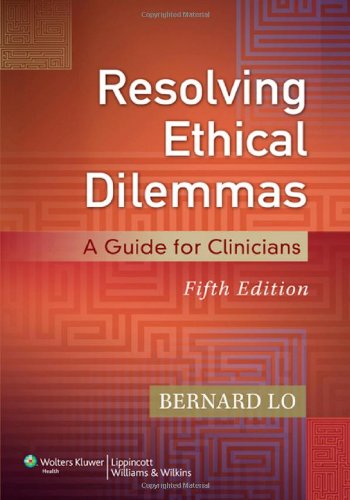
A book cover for Resolving Ethical Dilemmas: A Guide for Clinicians; Bernard Lo MD; Medical Books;